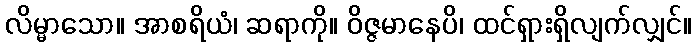
လိမ္မာသော။ အာစရိယံ၊ ဆရာကို။ ဝိဇ္ဇမာနေပိ၊ ထင်ရှားရှိလျက်လျှင်။